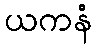
ယကနံ